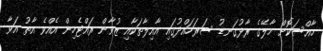
ހާއްސަކޮށް މާލޭގެ ރާޅުގަނޑު ސަރަހައްދުގައި އާއިލާތަކާއި ޒުވާން ރައްޓެހިން އެއްވެ އާތު އަވާ